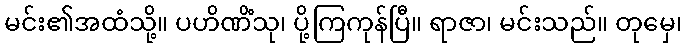
မင်း၏အထံသို့။ ပဟိဏိံသု၊ ပို့ကြကုန်ပြီ။ ရာဇာ၊ မင်းသည်။ တုမှေ၊